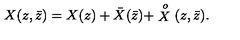
X ( z , \bar { z } ) = X ( z ) + \bar { X } ( \bar { z } ) + \stackrel { o } { X } ( z , \bar { z } ) .